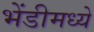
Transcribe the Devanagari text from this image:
भेंडीमध्ये